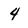
Character: 4